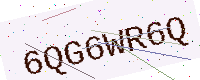
Text: 6QG6WR6Q